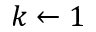
k \gets 1